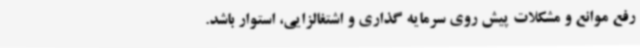
رفع موانع و مشکلات پیش روی سرمایه گذاری و اشتغالزایی، استوار باشد.